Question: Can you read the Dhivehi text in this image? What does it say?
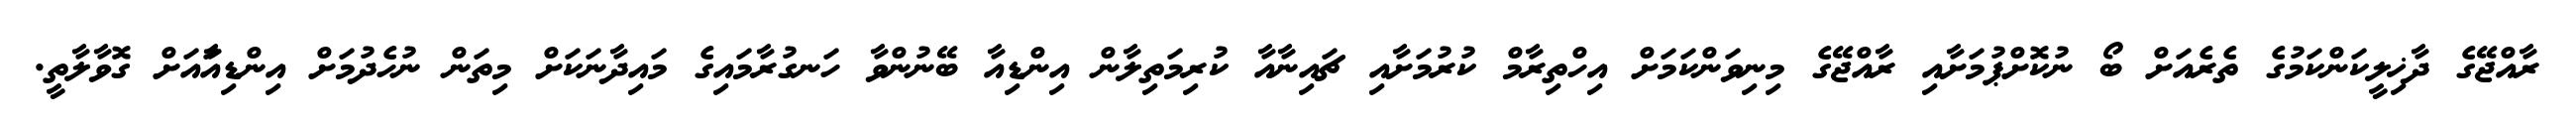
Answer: ރާއްޖޭގެ ދާޚިލީކަންކަމުގެ ތެރެއަށް ބޯ ނުކޮށްޕުމަށާއި ރާއްޖޭގެ މިނިވަންކަމަށް އިހްތިރާމް ކުރުމަށާއި ޗައިނާއާ ކުރިމަތިލާން އިންޑިއާ ބޭނުންވާ ހަނގުރާމައިގެ މައިދާނަކަށް މިތަން ނުހެދުމަށް އިންޑިއާައަށް ގޮވާލާތީ.